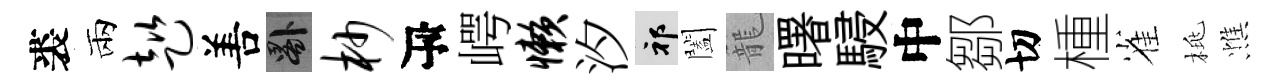
裘兩趑𠵊晷杪瓴崿懒汐祁闔籠曙駸中鄒切㮔雀桃憔